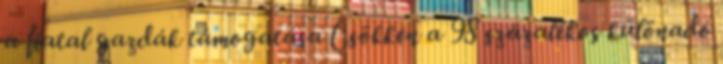
a fiatal gazdák támogatása Csökken a 98 százalékos különadó